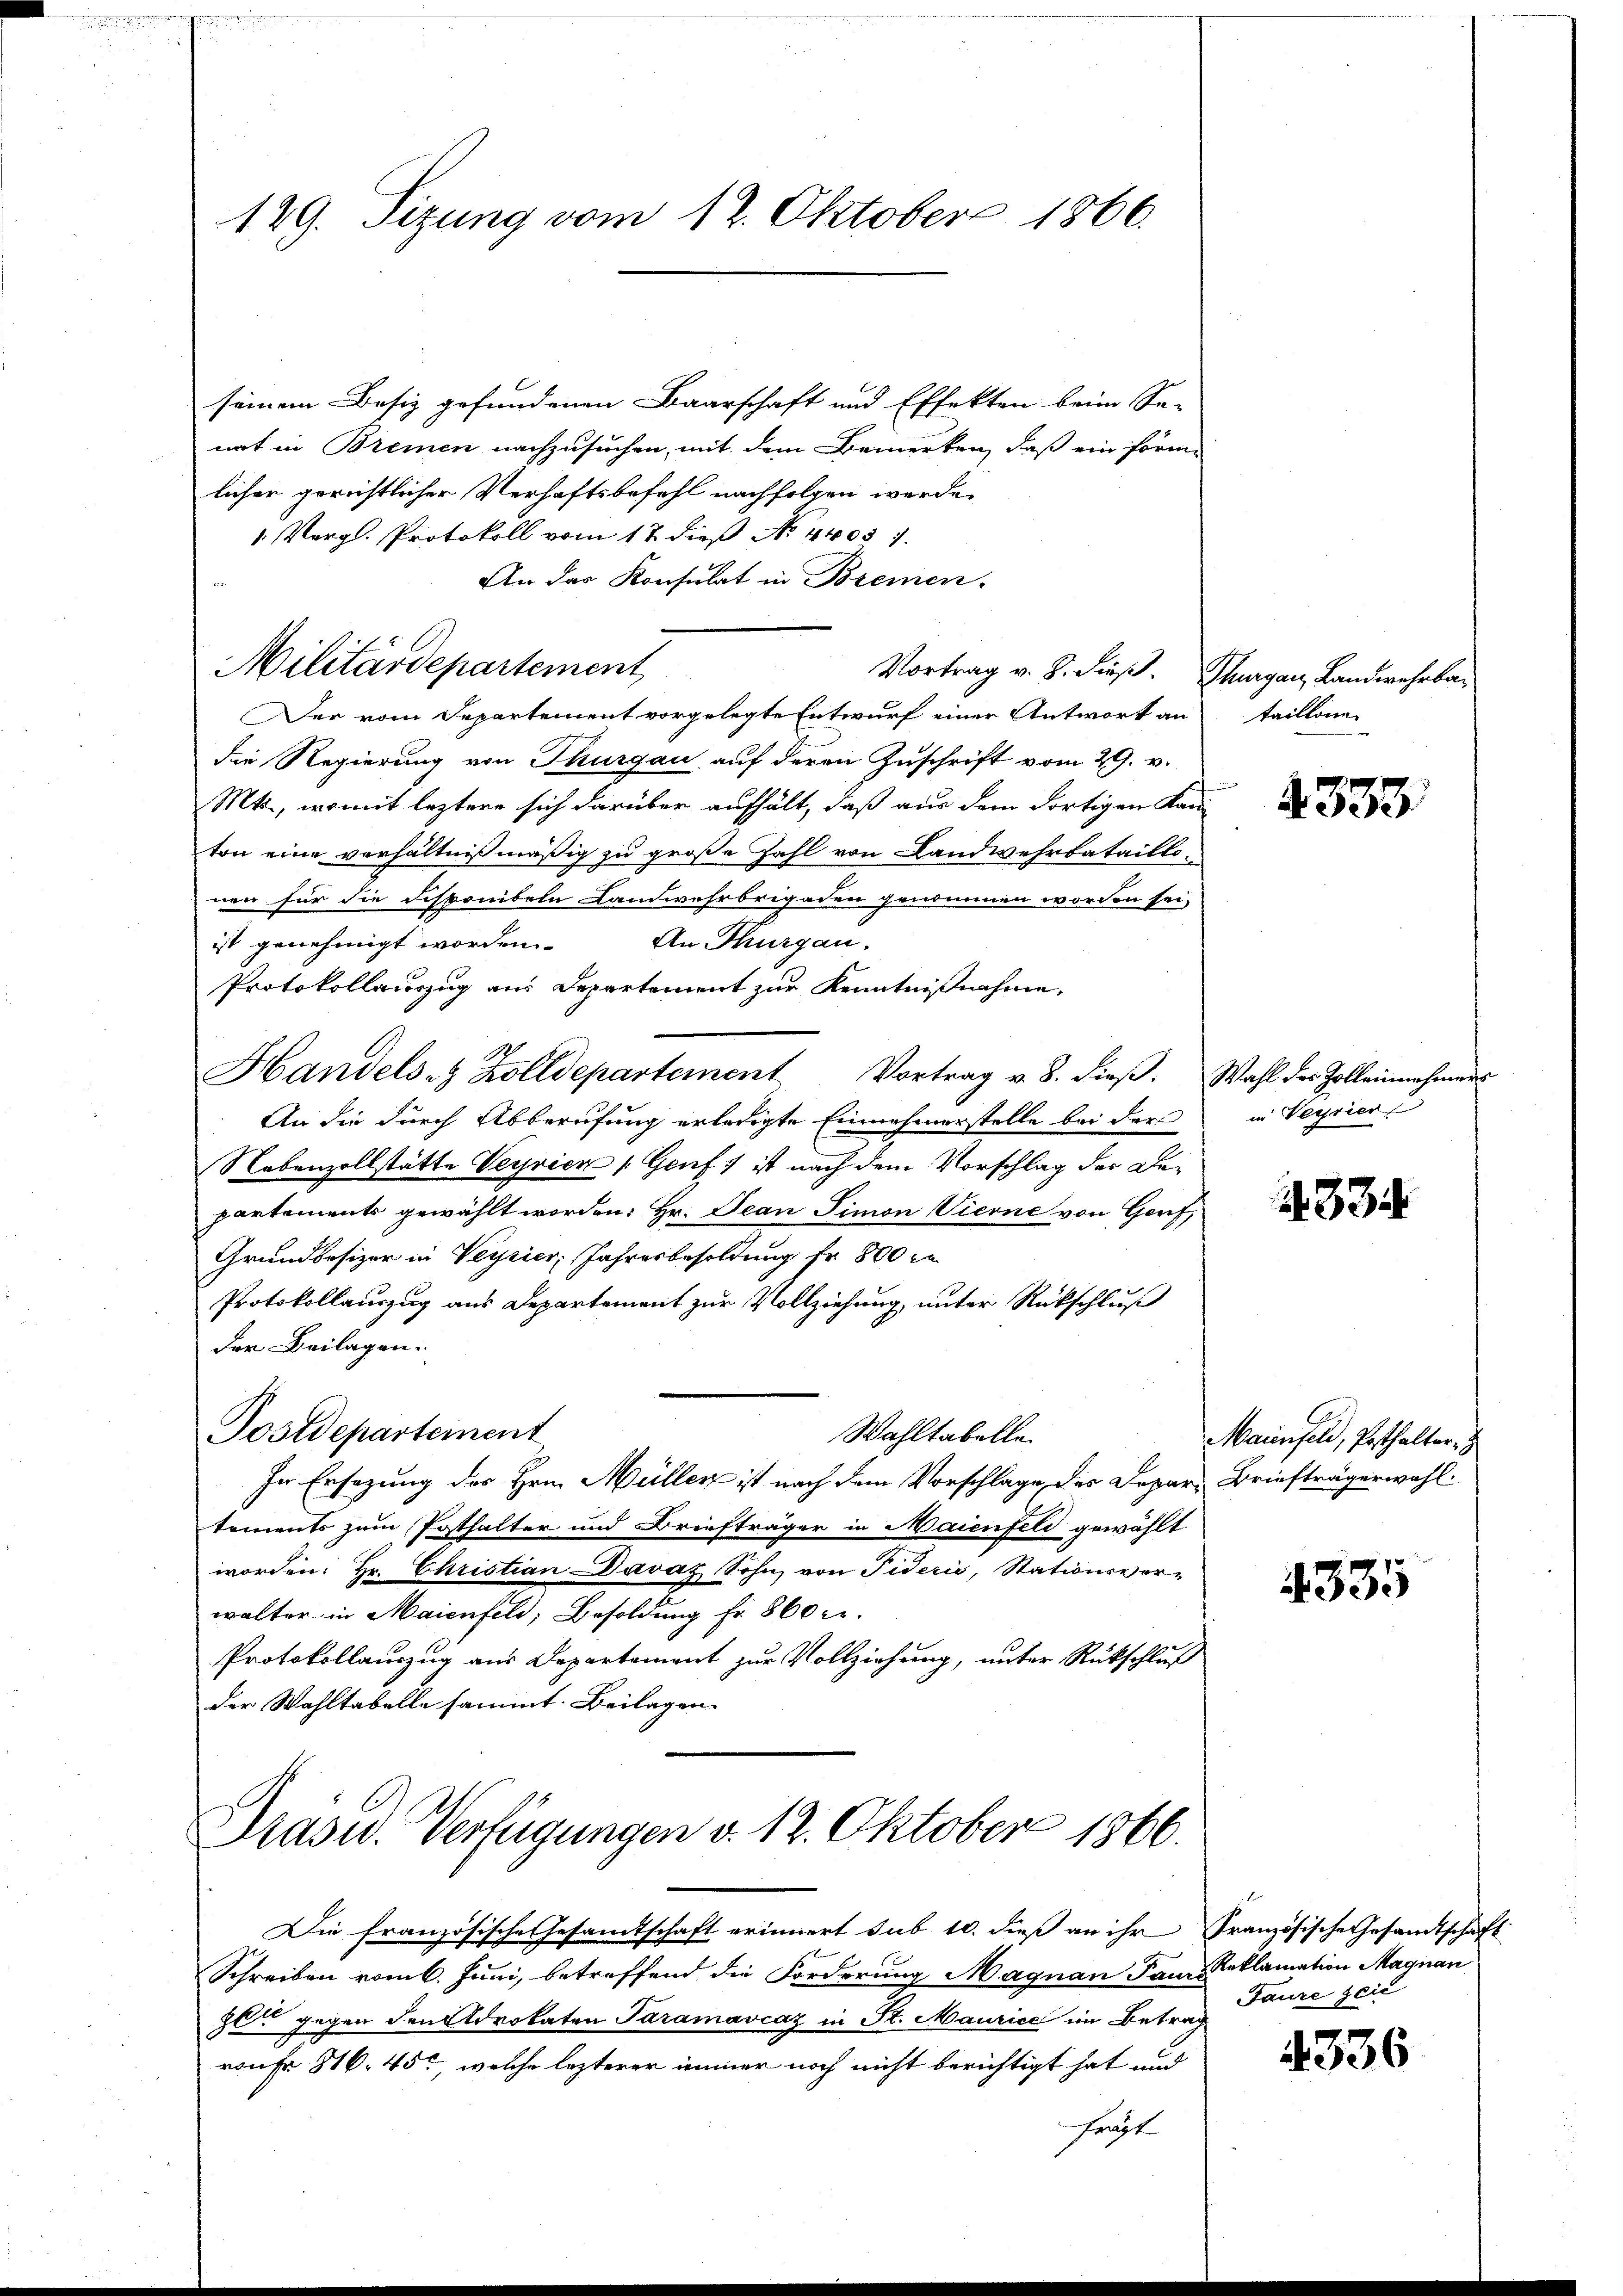
129. Sizung vom 12. Oktober 1866.

seinem Besiz gefundenen Baarschaft und Effekten beim Se-
nat in Bremen nachzusuchen, mit dem Bemerken, daß ein förmlicher gerichtlicher Verhaftsbefehl nachfolgen werde.
 Vergl. Protokoll vom 17. dieß No. 4403. 7.
An das Konsulat in Bremen-
Der vom Departement vorgelegte Entwurf einer Antwort an
die Regierung von Thurgau auf deren Zuschrift vom 29. v.
Mts., womit leztere sich darüber aufhält, daß aus dem dortigen Kan-
ton eine verhältnißmäßig zu große Zahl von Landwehrbataillonen für die disponibeln Landwehrbrigaden genommen worden sei.
An Thurgau.
ist genehmigt worden.
Protokollauszug aus Departement zur Kenntnißnahme,
Handels- & Zolldepartement Vortrag v. 8. dieβ. Wahl des Zolleinnahmens
An die durch Abberufung erledigte Einnahmerstelle bei der
Nebenzollstätte Vervier (Genf ist nach dem Vorschlag der Departements gewählt worden. Hr. Jean Simon Vierne von Genf,
Grundbesizer in Veyzier, Jahresbesoldung Fr. 800 re
Protokollauszug aus Departement zur Vollziehung, unter Rückschluß
der Beilagen.
Postdepartement
Wahltabelle
In Ersezung der Hrn. Müllen ist nach dem Vorschlage des Depar Briefträgerwahl
tements zum Posthalter und Briefträger in Maienfeld gewählt
worden. Hr. Christian Davaz Sohn von Fiderić, Stationsverwalter in Maienfeld, Besoldung fr. 860 c.
Protokollauszug aus Departement zur Vollziehung, unter Rückschluß
der Wahltabelle sammt. Beilagen

Militärdepartement

Vortrag v. J. dieß. Thurgau, Landwehrbar

Prasw. Verfügungen v. 12. Oktober 1866.

Die französische Gesamtschaft erinnert sub 10. dieß an ihr Französische Gesandtschaft
Schreiben vom 6. Juni, betreffend die Forderung Magnau dann Reklamation Magnan
8 gegen den Advokaten Paramavcaz in St. Maurice im Betra¬
.
roufr 816, 45, welche lezterer immer noch nicht berichtigt hat und
haupt

taillone

4333

in Verrier

334

Maienfeld, Posthalter,

4335

Faure Zeic

4336